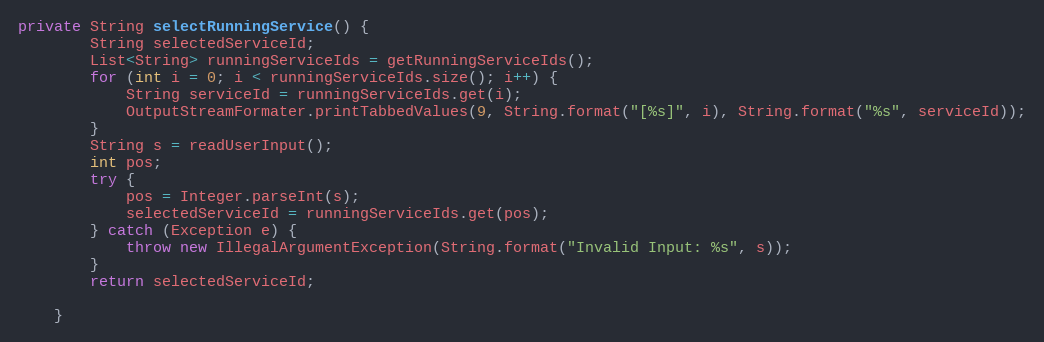
Language: Java
private String selectRunningService() {
        String selectedServiceId;
        List<String> runningServiceIds = getRunningServiceIds();
        for (int i = 0; i < runningServiceIds.size(); i++) {
            String serviceId = runningServiceIds.get(i);
            OutputStreamFormater.printTabbedValues(9, String.format("[%s]", i), String.format("%s", serviceId));
        }
        String s = readUserInput();
        int pos;
        try {
            pos = Integer.parseInt(s);
            selectedServiceId = runningServiceIds.get(pos);
        } catch (Exception e) {
            throw new IllegalArgumentException(String.format("Invalid Input: %s", s));
        }
        return selectedServiceId;

    }